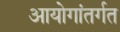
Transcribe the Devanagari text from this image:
आयोगांतर्गत